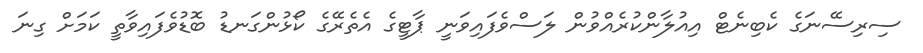
ސިރިސޭނަގެ ކެބިނެޓް އިއުލާންކުރެއްވުން ލަސްވެފައިވަނީ ޕާޓީގެ އެތެރޭގެ ކޯޅުންގަނޑު ބޮޑުވެފައިވާތީ ކަމަށް ގިނަ